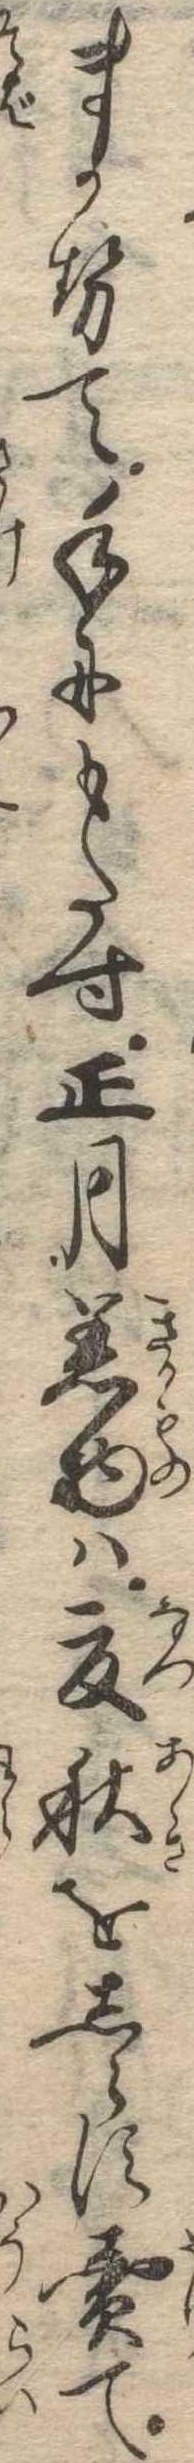
まかせて手にもたす正月着物は夏秋をしらす売て